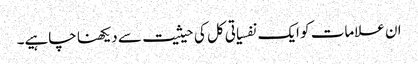
ان علامات کو ایک نفسیاتی کل کی حیثیت سے دیکھنا چاہیے۔